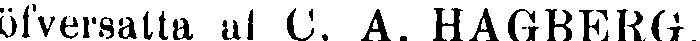
öfversätta af C. A. HAGBERG.